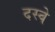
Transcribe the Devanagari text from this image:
दस्वे